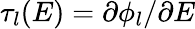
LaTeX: \tau_{l}(E)=\partial\phi_{l}/\partial E